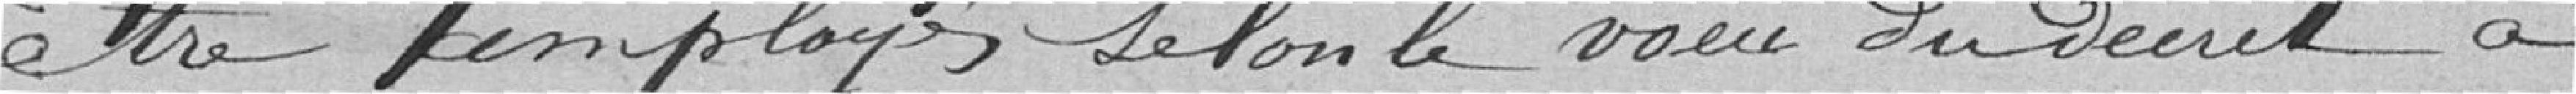
être employés selon le voeu  du Décret   à